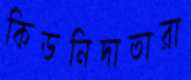
কিডনিদাতারা